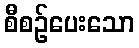
စီစဉ်ပေးသော